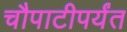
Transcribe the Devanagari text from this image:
चौपाटीपर्यंत